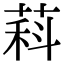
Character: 萪